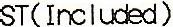
ST(INCLUDED)